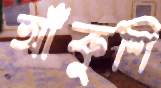
আঁকুশি